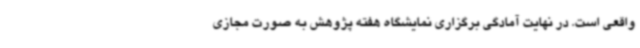
واقعی است. در نهایت آمادگی برگزاری نمایشگاه هفته پژوهش به صورت مجازی